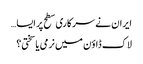
ایران نے سرکاری سطح پر ایسا…
لاک ڈاؤن میں نرمی یا سختی؟